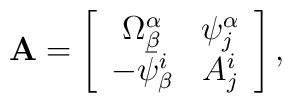
\mbox{{\bf A}}=\left[ \begin{array}{cc}\Omega_{\beta}^{\alpha} & \psi_j^{\alpha} \\ -\bar{\psi}_{\beta}^i & A_j^i\end{array} \right],